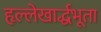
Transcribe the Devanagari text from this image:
हृल्लेखार्द्धभूता